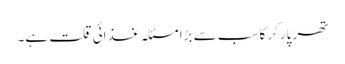
تھر پارکر کا سب سے بڑا مسئلہ غذائی قلت ہے۔